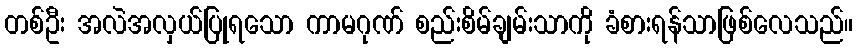
တစ်ဦး အလဲအလှယ်ပြုရသော ကာမဂုဏ် စည်းစိမ်ချမ်းသာကို ခံစားရန်သာဖြစ်လေသည်။